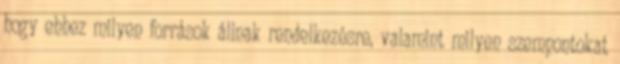
hogy ehhez milyen források állnak rendelkezésre, valamint milyen szempontokat